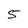
Character: 5